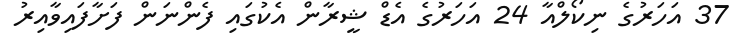
37 އަހަރުގެ ނިކޯލްއާ 24 އަހަރުގެ އެޑް ޝީރާން އެކުގައި ފެންނަން ފަށާފައިވާއިރު